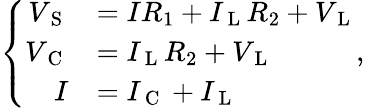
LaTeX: \left\{ \begin{array}{rl}{V_{\mathrm{~S~}}}&{=IR_{1}+I_{\mathrm{~L~}}R_{2}+V_{\mathrm{~L~}}}\\ {V_{\mathrm{~C~}}}&{=I_{\mathrm{~L~}}R_{2}+V_{\mathrm{~L~}}}\\ {I}&{=I_{\mathrm{~C~}}+I_{\mathrm{~L~}}}\end{array}\right.,